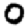
Digit: 0